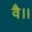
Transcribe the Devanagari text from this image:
वै।।